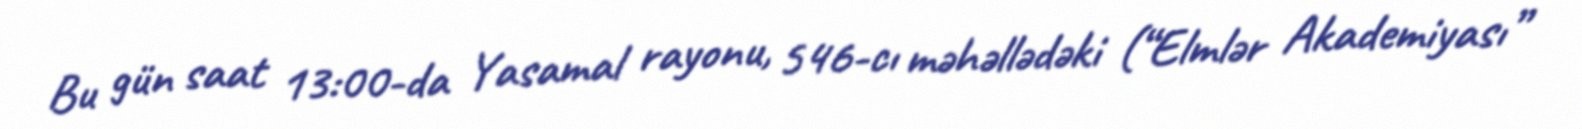
Bu gün saat 13:00-da Yasamal rayonu, 546-cı məhəllədəki (“Elmlər Akademiyası”